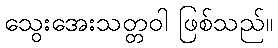
သွေးအေးသတ္တဝါ ဖြစ်သည်။